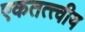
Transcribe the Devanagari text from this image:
एकतत्त्वीय